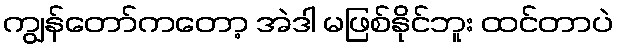
ကျွန်တော်ကတော့ အဲဒါ မဖြစ်နိုင်ဘူး ထင်တာပဲ